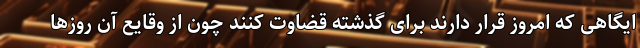
ایگاهی که امروز قرار دارند برای گذشته قضاوت کنند چون از وقایع آن روزها